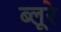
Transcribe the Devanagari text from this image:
ब्लूरे